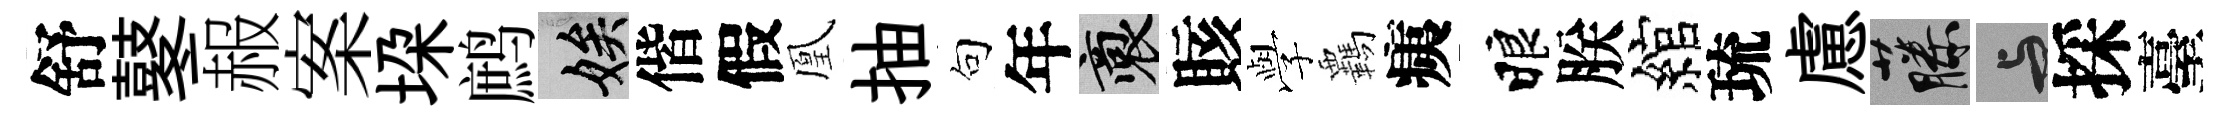
舒鼕赧案垜鹧娭偕假凰抽句年裔賅𫝯覊痍睱朕綰琉慮藤与採臺